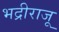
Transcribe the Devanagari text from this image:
भद्रीराजू